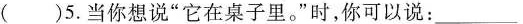
( )5.当你想说"它在桌子里."时,你可以说: ___